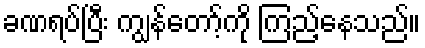
ခဏရပ်ပြီး ကျွန်တော့်ကို ကြည့်နေသည်။